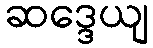
ဆဒ္ဒေယျ